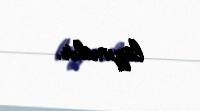
lazımdır.